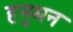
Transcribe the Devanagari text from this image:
हनुमन